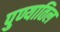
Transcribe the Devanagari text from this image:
पुण्यातिल